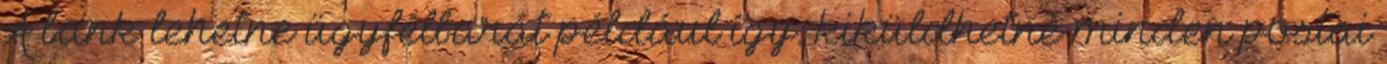
A bank lehetne ügyfélbarát például így: kiküldhetné minden postai